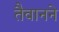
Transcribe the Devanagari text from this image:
तैवानने